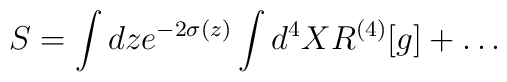
S=\int dz e^{-2\sigma (z)} \int d^4 X R^{(4)}[g] + \dots